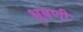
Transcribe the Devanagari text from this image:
भूषणी